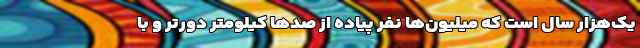
یک‌هزار سال است که میلیون‌ها نفر پیاده از صدها کیلومتر دورتر و با